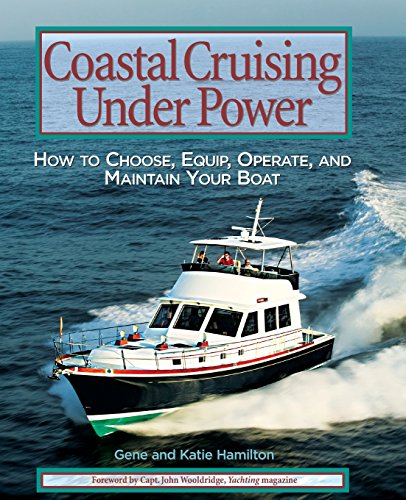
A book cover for Coastal Cruising Under Power: How to Buy, Equip, Operate, and Maintain Your Boat; Gene Hamilton; Sports & Outdoors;